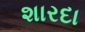
શારદા